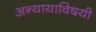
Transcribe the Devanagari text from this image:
अन्यायाविषयी